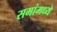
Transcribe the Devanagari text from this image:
समांमध्ये